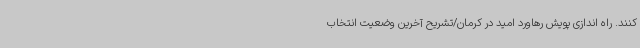
کنند. راه اندازی پویش رهاورد امید در کرمان/تشریح آخرین وضعیت انتخاب